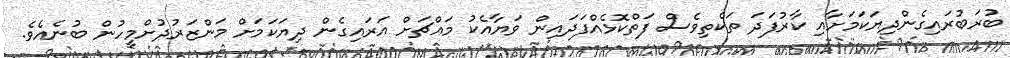
ބުރަބުރައިގެންދިޔަކަމަށާއި ކާރުފަދަ ތަކެތިވެސް ފަތްކޮޅެއްފަދައިން ވަޔާއެކު މައްޗަށް އަރައިގެން ދިޔަކަމަށް މަންޒަރުދުށްމީހުން ބުނެއެވެ.